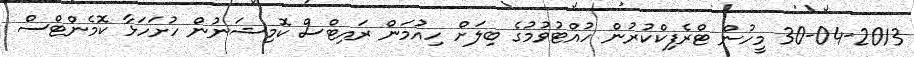
30-04-2013 މީހުން ޓްރެފިކްކުރުން ހުއްޓުވުމުގެ ބިލަށް ހިއުމަން ރައިޓްސް ކޮމިޝަނުން ހުށަހަޅާ ކޮމެންޓްސް